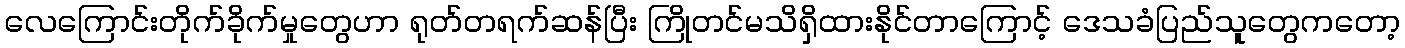
လေကြောင်းတိုက်ခိုက်မှုတွေဟာ ရုတ်တရက်ဆန်ပြီး ကြိုတင်မသိရှိထားနိုင်တာကြောင့် ဒေသခံပြည်သူတွေကတော့